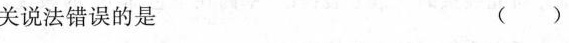
关说法错误的是 ( )